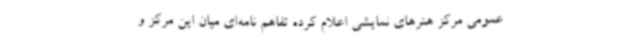
عمومی مرکز هنرهای نمایشی اعلام کرده تفاهم نامه‌ای میان این مرکز و